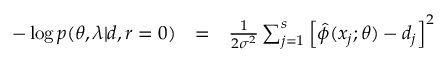
\begin{array} { c c c } { - \log p ( \theta , \lambda | d , r = 0 ) } & { = } & { \frac { 1 } { 2 \sigma ^ { 2 } } \sum _ { j = 1 } ^ { s } \left[ \hat { \phi } ( x _ { j } ; \theta ) - d _ { j } \right] ^ { 2 } } \end{array}